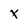
Character: X